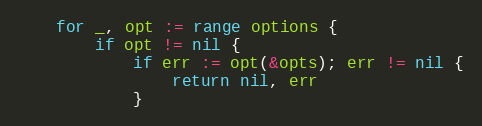
Language: Go
	for _, opt := range options {
		if opt != nil {
			if err := opt(&opts); err != nil {
				return nil, err
			}